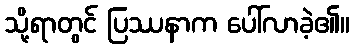
သို့ရာတွင် ပြဿနာက ပေါ်လာခဲ့၏။